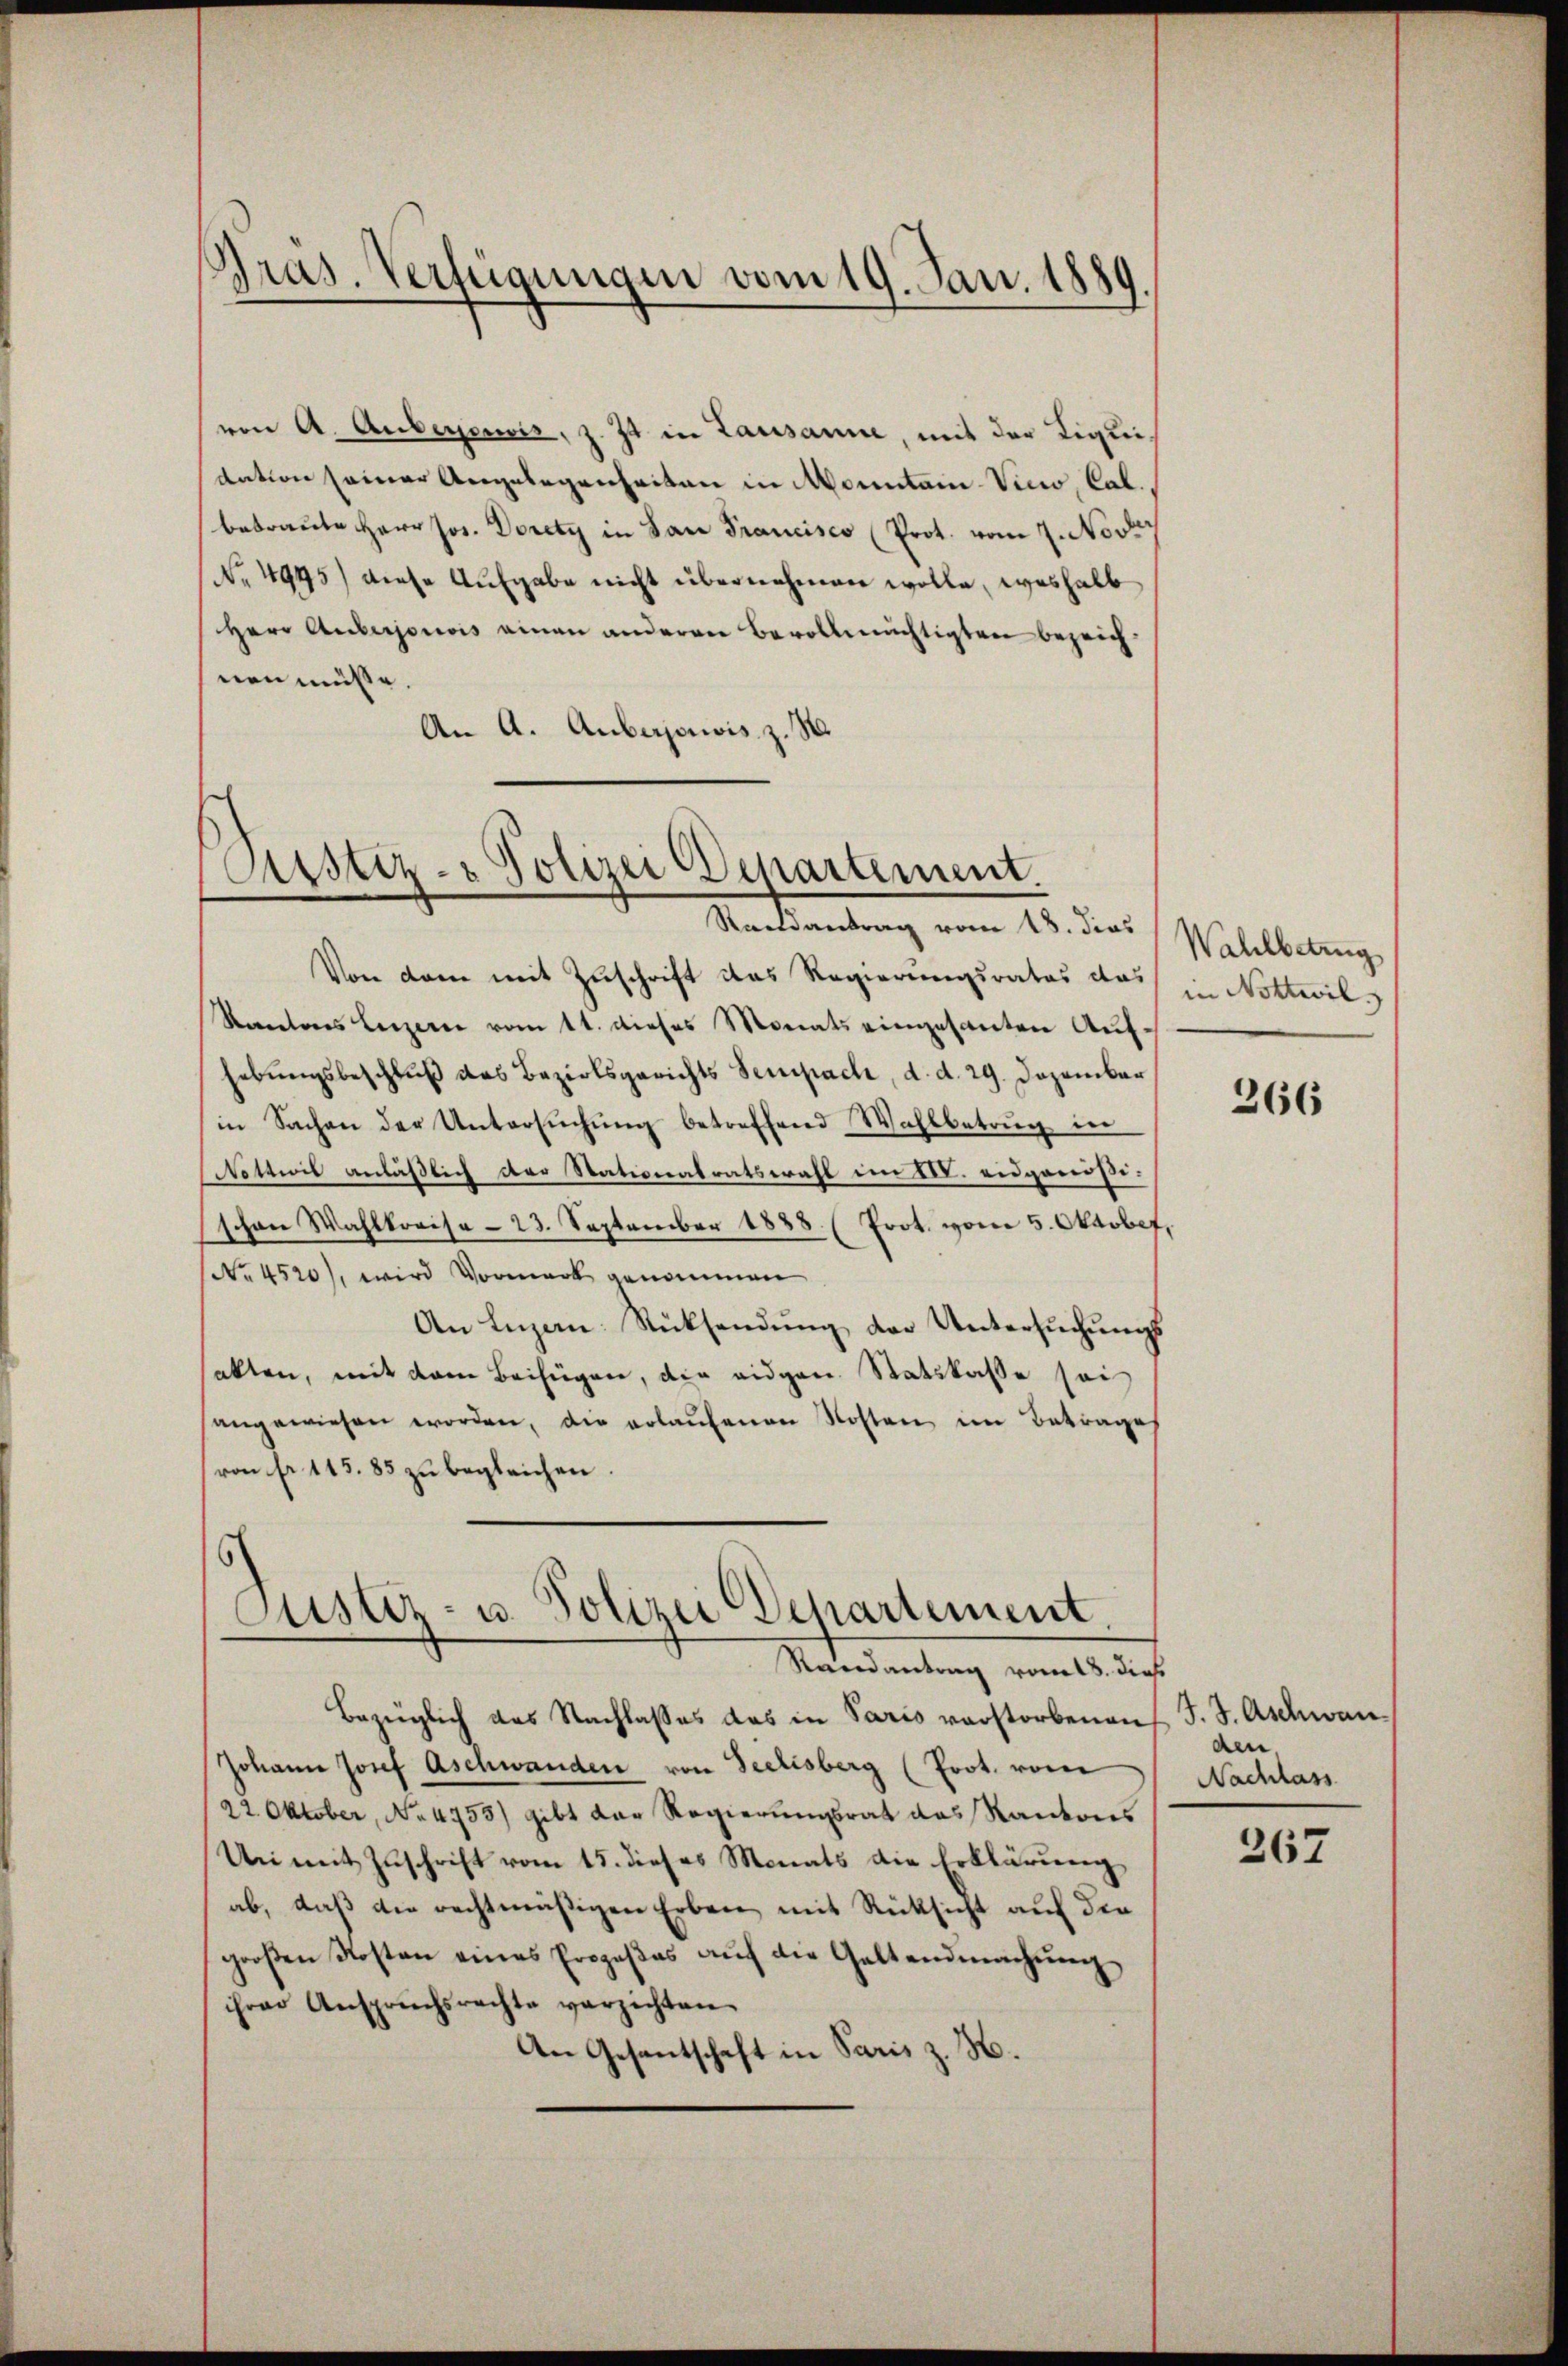
Pras. Verfügungen vom 19. Jan. 1889.

von A. Aubergewis, z. Zt. in Lausanne, mit der Tigleidation seiner Angelegenheiten in Monntain-Vico, Cal.
betraute Herr Jos. Dorety in San Francisco (Prot. vom 7. Nove
No 4945) diese Aufgabe nicht übernehmen wolle, weshalb
Herr Anberjouvis einen anderen Bevollmächtigten bezeichnen müsse.
An A. Aubergewis, z. B.

Astiz-Polizei Departement.
Randantrag vom 18. dies

Justiz- u. Polizei Departement
Randantrag vom 18. dies

Bezüglich das Nachlasses das in Paris vorstorbenen
Johann Josef Aschwanden von Seelisberg (Prot. von
22. Oktober, No 4755) gibt der Regierungsrat das Kantons
Un mit Zuschrift vom 15. dieses Monats die Erklärung
ab, daß die rechtmäßigen Erben mit Rücksicht auf die
groβen Kosten eines Prozeβas aŭf die Geltendmachŭng
ihrer Anspruchsrechte verzichten.
An Gesantschaft in Paris z. H.

Von dem mit Zuschrift das Regierungsrates das
Rantons Luzern vom 11. dieses Monats eingesanten Aufhebungsbeschluß des Bezirksgerichts Sempach, d. d. 29. Dezember
in Sachen der Untersŭchŭng betreffend Wahlbetrug in
Nottwil anläßlich der Stationalratswahl im XIV. eidgenößischen Wahlkreise -23. September 1888 (Prot. vom 5. Oktober,
No. 4520), wird Vormerk genommen
An Luzan Rücksendung der Untersuchungsalten, mit dem Beifügen, der eidgen. Statskasse sei
angewiesen worden, die erlaŭfenen Kosten im Betrages
(von fr. 115. 85 zu begleichen.
¬

Wahlbetrug
in Nottwil

266

J. J. Aschwanden
Nachlass

267